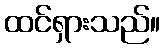
ထင်ရှားသည်။